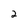
Character: 2